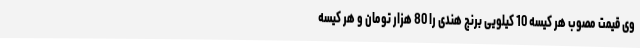
وی قیمت مصوب هر کیسه 10 کیلویی برنج هندی را 80 هزار تومان و هر کیسه